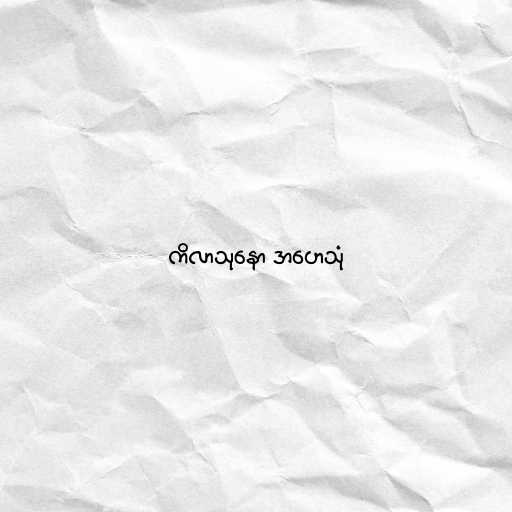
ကိလာသုနော အဟေသုံ